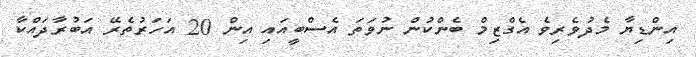
އިންޑިޔާ މެދުވެރިވެ އެގްޒިމް ބެންކުން ނުވަތަ އެސްބީއައި އިން 20 އަހަރުތެރޭ އަބުރާދައްކާ